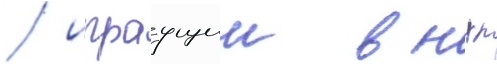
/ играущии в нхл